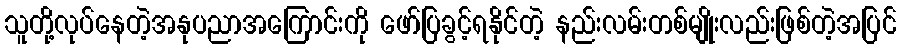
သူတို့လုပ်နေတဲ့အနုပညာအကြောင်းကို ဖော်ပြခွင့်ရနိုင်တဲ့ နည်းလမ်းတစ်မျိုးလည်းဖြစ်တဲ့အပြင်